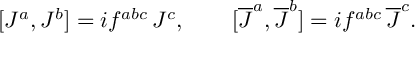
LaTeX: [ J ^ { a } , J ^ { b } ] = i f ^ { a b c } \, J ^ { c } , \qquad [ \overline { { { J } } } ^ { a } , \overline { { { J } } } ^ { b } ] = i f ^ { a b c } \, \overline { { { J } } } ^ { c } .